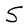
Character: S